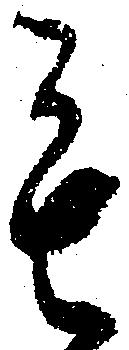
も